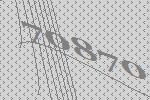
70870